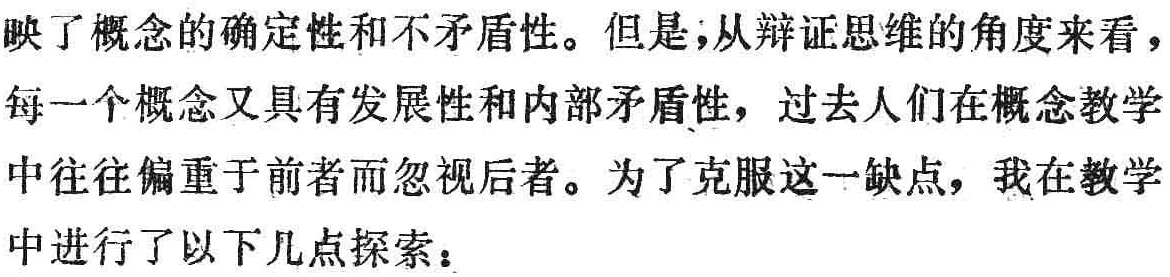
映了概念的确定性和不矛盾性。但是，从辩证思维的角度来看，每一个概念又具有发展性和内部矛盾性，过去人们在概念教学中往往偏重于前者而忽视后者。为了克服这一缺点，我在教学中进行了以下几点探索：